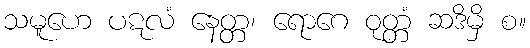
သမူဟေ ပဋလံ နေတ္တ၊ ရောဂေ ဝုတ္တံ ဆဒိမှိ စ။